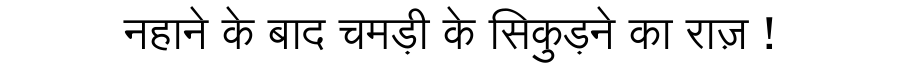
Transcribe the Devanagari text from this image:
नहाने के बाद चमड़ी के सिकुड़ने का राज़ !